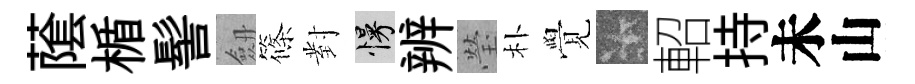
䕃楯髻劔篠對慢辨瑩朴覺卡軺持未山